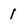
Character: 1